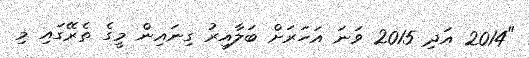
"2014 އަދި 2015 ވަނަ އަހަރަށް ބަލާއިރު ގިނައިން މީގެ ތެރޭގައި މި